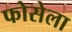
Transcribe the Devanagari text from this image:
फोसेला